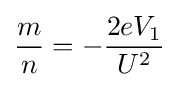
{\frac {m}{n}}=-{\frac {2eV_{1}}{U^{2}}}